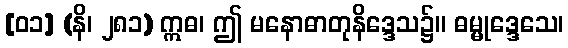
[၀၁] (နိ၊ ၂၈၁) ဣဓ၊ ဤ မနောဓာတုနိဒ္ဒေသ၌။ ဓမ္မုဒ္ဒေသေ၊